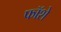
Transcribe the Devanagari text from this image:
फॉशे